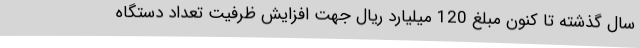
سال گذشته تا کنون مبلغ 120 میلیارد ریال جهت افزایش ظرفیت تعداد دستگاه